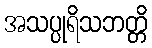
အသပ္ပုရိသဘတ္တိ